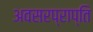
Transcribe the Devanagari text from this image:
अवसरप्राप्ति